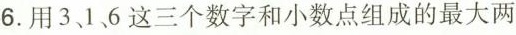
6.用3、1、6这三个数字和小数点组成的最大两